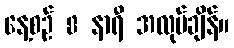
နေ့စဉ် 8 နာရီ အလုပ်ချိန်။